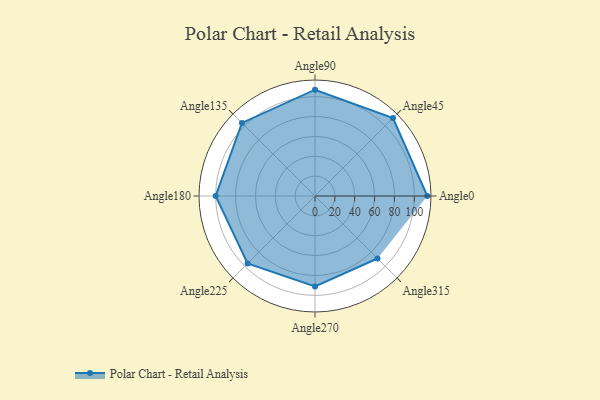
{"axis": {"x": "Angle", "y": "Radius"}, "legend": [""], "data": [{"x": "Angle0", "y": 113.0, "type": ""}, {"x": "Angle45", "y": 111.0, "type": ""}, {"x": "Angle90", "y": 107.0, "type": ""}, {"x": "Angle135", "y": 104.0, "type": ""}, {"x": "Angle180", "y": 100.0, "type": ""}, {"x": "Angle225", "y": 96.0, "type": ""}, {"x": "Angle270", "y": 91.0, "type": ""}, {"x": "Angle315", "y": 89.0, "type": ""}]}